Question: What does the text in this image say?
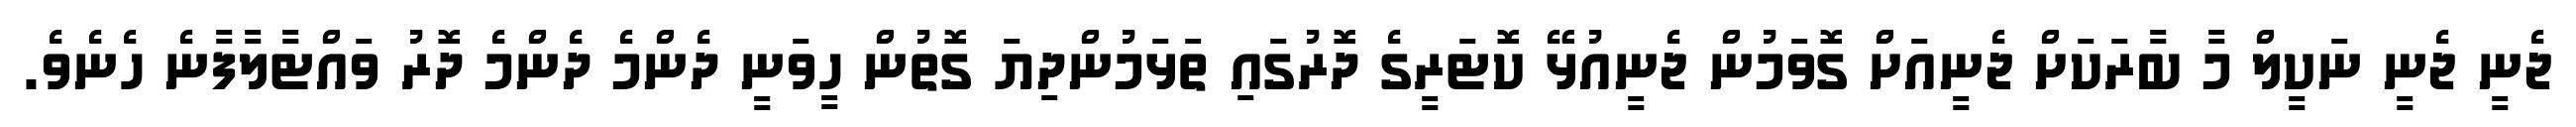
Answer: ޖެނީ ޖެނީ ނަކީލް މާ ބާރަކަށް ޖެނީއަށް ގޮވަމުން ޖެނީއުޅޭ ކޮޓަރީގެ ދޮރުގައި ތަޅަމުންދިޔަ ގޮތުން ހީވަނީ ދެންމެ ދެންމެ ދޮރު ވައްޓާލާފާނެ ހެނެވެ.